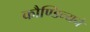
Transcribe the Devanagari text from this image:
कौण्डिन्यने